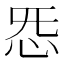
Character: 𫹲